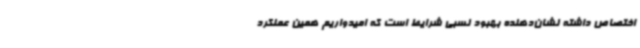
اختصاص داشته نشان‌دهنده بهبود نسبی شرایط است که امیدواریم همین عملکرد